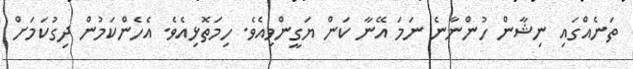
ތަނެއްގައި ނިޝާން ހުންނާނެ ނަމަ އޭނާ ކަން ޔަގީންވިއެވެ. ހިމަތޮޅިއެވެ. އެހެންކަމުން ދިގުކަމަށް